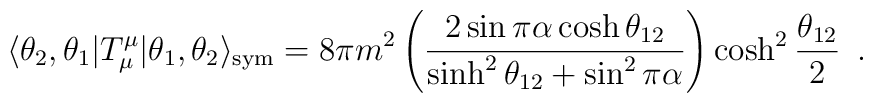
\langle \theta_2,\theta_1 |T_{\mu}^{\mu} | \theta_1,\theta_2\rangle_{\rm sym}= 8\pi m^2 \left(\frac{2 \sin\pi\alpha \cosh\theta_{12}}{\sinh^2\theta_{12} + \sin^2\pi\alpha}\right)\cosh^2\frac{\theta_{12}}{2}\,\,\, .